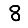
Digit: 8